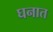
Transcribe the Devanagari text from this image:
घनात